Problem: 2 × 7 = ?
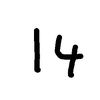
Handwritten answer: 14